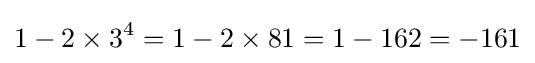
1-2\times 3^{4}=1-2\times 81=1-162=-161